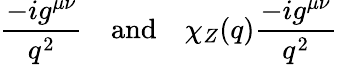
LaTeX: \frac{-ig^{\mu\nu}}{q^{2}}\quad\mathrm{and}\quad\chi_{Z}(q)\frac{-ig^{\mu\nu}}{q^{2}}